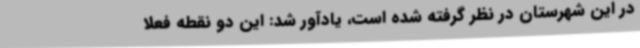
در این شهرستان در نظر گرفته شده است، یادآور شد: این دو نقطه فعلا